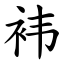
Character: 袆